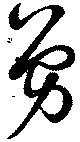
勇